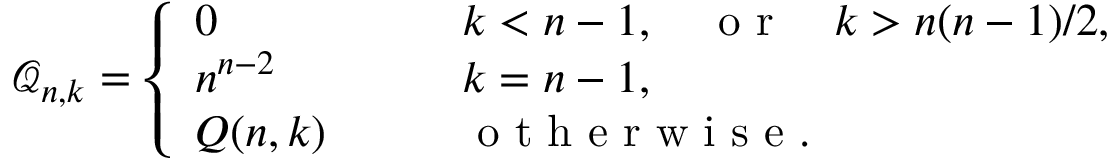
\mathcal Q _ { n , k } = \left\{ \begin{array} { l l } { 0 \qquad } & { k < n - 1 , \quad \mathrm { ~ o ~ r ~ } \quad k > n ( n - 1 ) / 2 , } \\ { n ^ { n - 2 } \qquad } & { k = n - 1 , \quad } \\ { Q ( n , k ) \qquad } & { \mathrm { ~ o ~ t ~ h ~ e ~ r ~ w ~ i ~ s ~ e ~ } . } \end{array} \right.